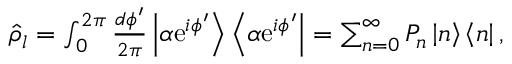
\begin{array} { r } { \hat { \rho } _ { l } = \int _ { 0 } ^ { 2 \pi } \frac { d \phi ^ { \prime } } { 2 \pi } \left| \alpha \mathrm { e } ^ { i \phi ^ { \prime } } \right> \left< \alpha \mathrm { e } ^ { i \phi ^ { \prime } } \right| = \sum _ { n = 0 } ^ { \infty } P _ { n } \left| n \right> \left< n \right| , } \end{array}